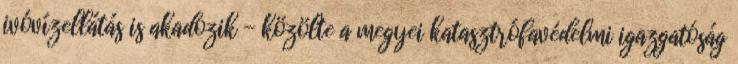
ivóvízellátás is akadozik - közölte a megyei katasztrófavédelmi igazgatóság